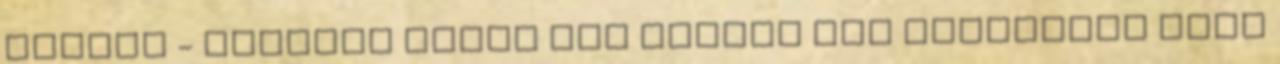
embert - akikből amint még mindig azt gajdolják hogy